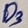
Text: D3